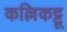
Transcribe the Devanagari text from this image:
कल्लिकट्टू